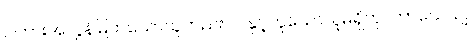
ငါကားအလွန်မြတ်သောသူတည်း။ ငါနှင့်တူသောသူမရှိဟု။ ဘာသေယျ၊